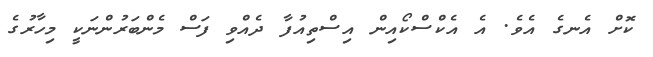
ކޮށް އެނގެ އެވެ. އެ އެކްސްކޯއިން އިސްތިއުފާ ދެއްވި ފަސް މެންބަރުންނަކީ މިހާރުގެ